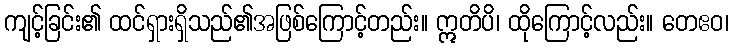
ကျင့်ခြင်း၏ ထင်ရှားရှိသည်၏အဖြစ်ကြောင့်တည်း။ ဣတိပိ၊ ထိုကြောင့်လည်း။ တေဧဝ၊